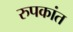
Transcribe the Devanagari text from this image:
रुपकांत